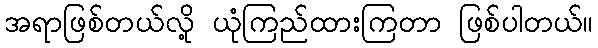
အရာဖြစ်တယ်လို့ ယုံကြည်ထားကြတာ ဖြစ်ပါတယ်။